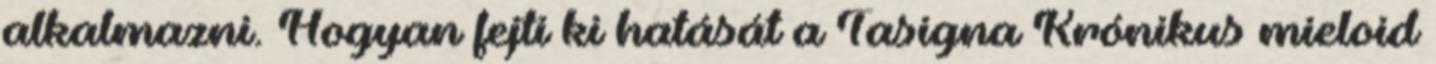
alkalmazni. Hogyan fejti ki hatását a Tasigna Krónikus mieloid